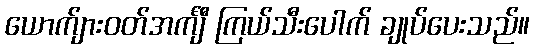
ယောက်ျားဝတ်အင်္ကျီ ကြယ်သီးပေါက် ချုပ်ပေးသည်။